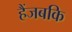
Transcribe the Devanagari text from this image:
हैंजबकि